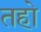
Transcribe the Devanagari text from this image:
तहो